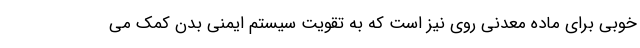
خوبی برای ماده معدنی روی نیز است که به تقویت سیستم ایمنی بدن کمک می